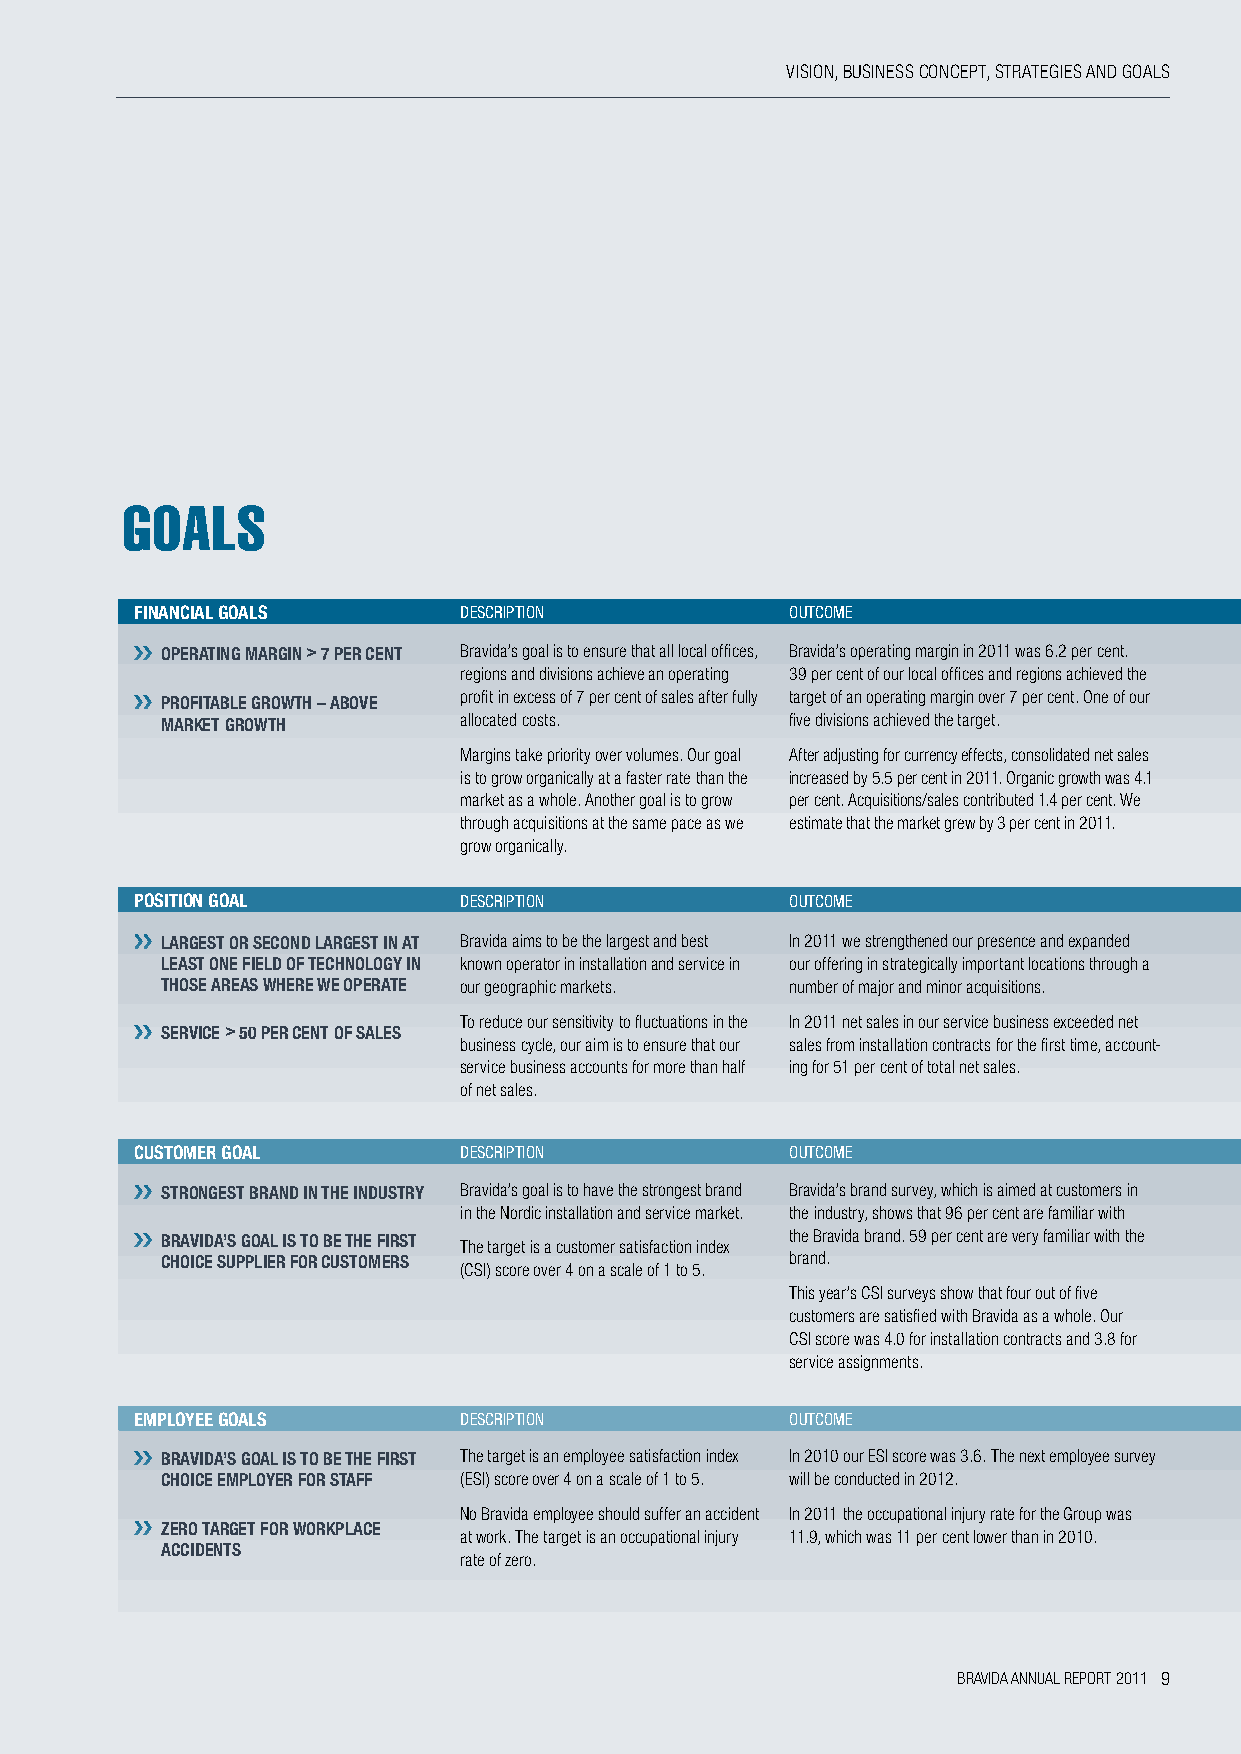
vISION, BUSINESS CONCEPT, STRATEGIES AND GOALS
 goals
 fInAncIAL goALs      DESCRIPtIon           oUtCoME
 opeRAtIng mARgIn > 7 peR cent Bravida’s goal is to ensure that all local offices, Bravida’s operating margin in 2011 was 6.2 per cent.
 regions and divisions achieve an operating 39 per cent of our local offices and regions achieved the
 profit in excess of 7 per cent of sales after fully target of an operating margin over 7 per cent. One of our
 pRofItABLe gRoWth – ABoVe
 mARket gRoWth      allocated costs.      five divisions achieved the target.
 Margins take priority over volumes. Our goal After adjusting for currency effects, consolidated net sales
 is to grow organically at a faster rate than the increased by 5.5 per cent in 2011. Organic growth was 4.1
 market as a whole. Another goal is to grow per cent. Acquisitions/sales contributed 1.4 per cent. We
 through acquisitions at the same pace as we estimate that the market grew by 3 per cent in 2011.
 grow organically.
 posItIon goAL        DESCRIPtIon           oUtCoME
 LARgest oR seconD LARgest In At Bravida aims to be the largest and best In 2011 we strengthened our presence and expanded
 LeAst one fIeLD of technoLogy In known operator in installation and service in our offering in strategically important locations through a
 those AReAs WheRe We opeRAte our geographic markets. number of major and minor acquisitions.
 To reduce our sensitivity to fluctuations in the In 2011 net sales in our service business exceeded net
 seRVIce > 50 peR cent of sALes
 business cycle, our aim is to ensure that our sales from installation contracts for the first time, account-
 service business accounts for more than half ing for 51 per cent of total net sales.
 of net sales.
 customeR goAL        DESCRIPtIon           oUtCoME
 stRongest BRAnD In the InDustRy Bravida’s goal is to have the strongest brand Bravida’s brand survey, which is aimed at customers in
 in the Nordic installation and service market. the industry, shows that 96 per cent are familiar with
 BRAVIDA’s goAL Is to Be the fIRst The target is a customer satisfaction index the Bravida brand. 59 per cent are very familiar with the
 choIce suppLIeR foR customeRs            brand.
 (CSI) score over 4 on a scale of 1 to 5.
 This year’s CSI surveys show that four out of five
 customers are satisfied with Bravida as a whole. Our
 CSI score was 4.0 for installation contracts and 3.8 for
 service assignments.
 empLoyee goALs       DESCRIPtIon           oUtCoME
 BRAVIDA’s goAL Is to Be the fIRst The target is an employee satisfaction index In 2010 our ESI score was 3.6. The next employee survey
 choIce empLoyeR foR stAff (ESI) score over 4 on a scale of 1 to 5. will be conducted in 2012.
 No Bravida employee should suffer an accident In 2011 the occupational injury rate for the Group was
 ZeRo tARget foR WoRkpLAce
 at work. The target is an occupational injury 11.9, which was 11 per cent lower than in 2010.
 AccIDents
 rate of zero.
 BRAVIDA ANNUAL REPORT 2011 9